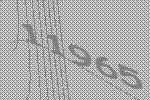
11965